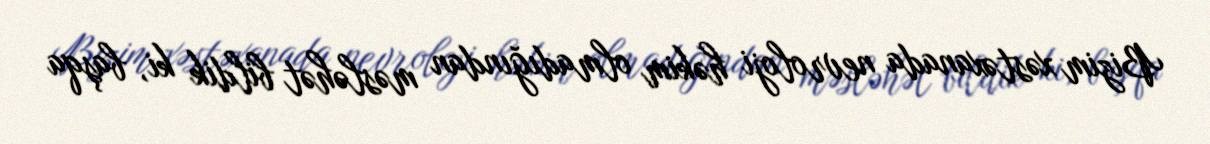
Bizim xəstəxanada nevroloji həkim olmadığından məsləhət bildik ki, başqa